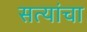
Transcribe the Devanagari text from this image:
सत्यांचा